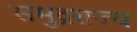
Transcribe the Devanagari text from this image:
समुद्रराज्य